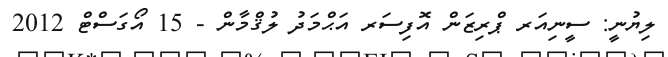
ލިޔުނީ: ސީނިއަރ ޕްރިޒަން އޮފިސަރ އަޙްމަދު ލުޤްމާން - 15 އޯގަސްޓް 2012